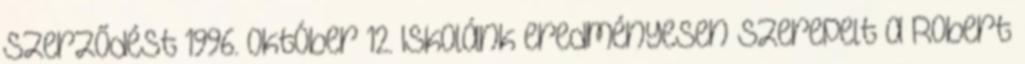
szerződést 1996. október 12. Iskolánk eredményesen szerepelt a Robert